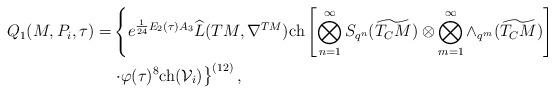
LaTeX: \begin{align*}{Q_1}(M,P_i,\tau)=&\left\{e^{\frac{1}{24}E_2(\tau)A_3}\widehat{L}(TM,\nabla^{ TM}){\rm ch}\left[\bigotimes _{n=1}^{\infty}S_{q^n}(\widetilde{T_CM})\otimes\bigotimes _{m=1}^{\infty}\wedge_{q^m}(\widetilde{T_CM})\right]\right.\\&\left.\cdot\varphi(\tau)^{8}{\rm ch}(\mathcal{V}_i)\right\}^{(12)},\end{align*}